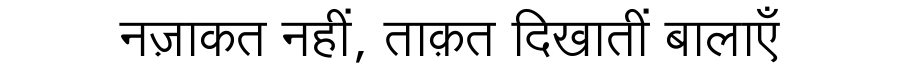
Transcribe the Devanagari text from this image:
नज़ाकत नहीं, ताक़त दिखातीं बालाएँ